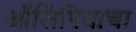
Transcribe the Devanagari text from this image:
ऑलिंपियाचा